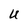
Character: U